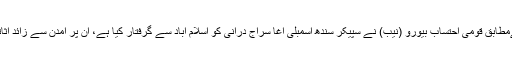
نجی ٹی وی کےمطابق قومی احتساب بیورو (نیب) نے سپیکر سندھ اسمبلی آغا سراج درانی کو اسلام آباد سے گرفتار کیا ہے، ان پر آمدن سے زائد اثاثوں کا الزام ہے۔